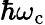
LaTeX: \hbar\omega_{\mathrm{{c}}}